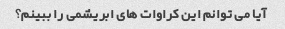
آیا می توانم این کراوات های ابریشمی را ببینم؟